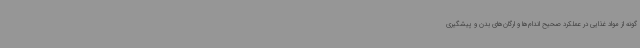
گونه از مواد غذایی در عملکرد صحیح اندام‌ها و ارگان‌های بدن و پیشگیری